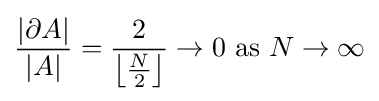
{\frac {|\partial A|}{|A|}}={\frac {2}{\left\lfloor {\tfrac {N}{2}}\right\rfloor }}\to 0{\mbox{ as }}N\to \infty